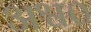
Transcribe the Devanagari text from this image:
अश्व०